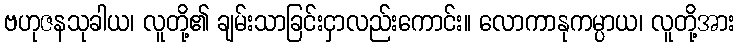
ဗဟုဇနသုခါယ၊ လူတို့၏ ချမ်းသာခြင်းငှာလည်းကောင်း။ လောကာနုကမ္ပာယ၊ လူတို့အား